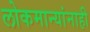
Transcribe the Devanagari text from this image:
लोकमान्‍यांनाही